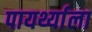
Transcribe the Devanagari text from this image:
पायर्थ्याला